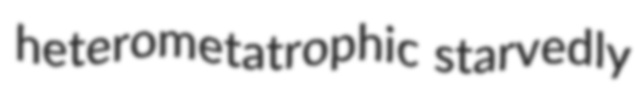
heterometatrophic starvedly